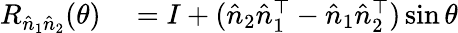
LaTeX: \begin{array}{rl}{R_{\hat{n}_{1}\hat{n}_{2}}(\theta)}&{{}=I+(\hat{n}_{2}\hat{n}_{1}^{\top}-\hat{n}_{1}\hat{n}_{2}^{\top})\sin\theta}\end{array}